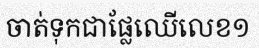
ចាត់ទុកជាផ្លែឈើលេខ១